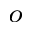
^ o